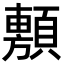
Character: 𮨗